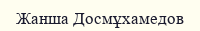
Жанша Досмұхамедов